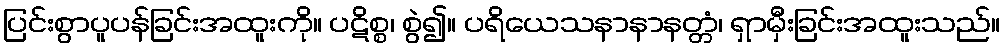
ပြင်းစွာပူပန်ခြင်းအထူးကို။ ပဋိစ္စ၊ စွဲ၍။ ပရိယေသနာနာနတ္တံ၊ ရှာမှီးခြင်းအထူးသည်။